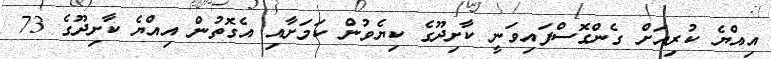
އިއްޔެ ކުރިއަށް ގެންގޮސްފައިވަނީ ކާށިދޫގެ ކިޔެވުން ކަމަށާއި އެގޮތުން އިއްޔެ ކާށިދޫގެ 73